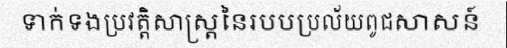
ទាក់ទងប្រវត្តិសាស្ត្រនៃរបបប្រល័យពូជសាសន៍